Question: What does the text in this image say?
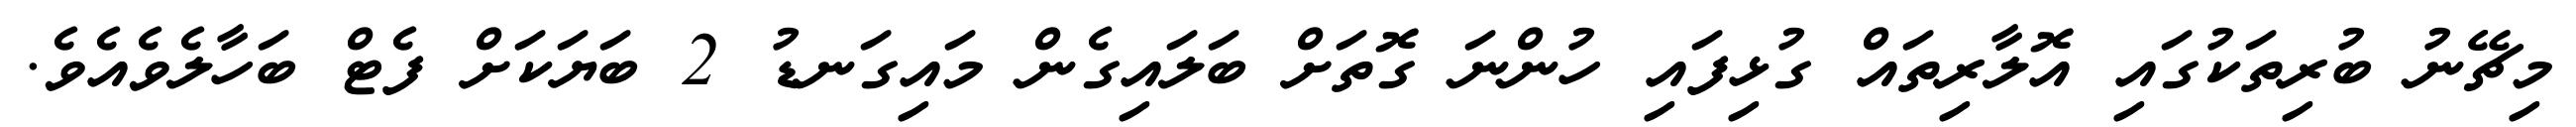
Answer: މިޗޭނު ބުރިތަކުގައި އޮލާރިތައް ގުޅިފައި ހުންނަ ގޮތަށް ބަލައިގެން މައިގަނޑު 2 ބަޔަކަށް ފެޓް ބަހާލެވެއެވެ.